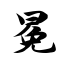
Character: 冕